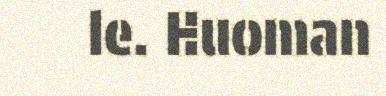
le. Huoman